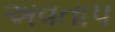
અવતાપ